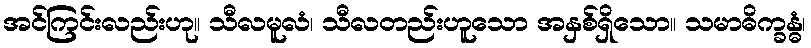
အင်ကြင်းလည်းဟု။ သီလမူလံ၊ သီလတည်းဟူသော အနှစ်ရှိသော။ သမာဓိက္ခန္ဓံ၊